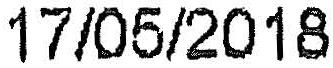
17/05/2018